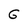
Character: G